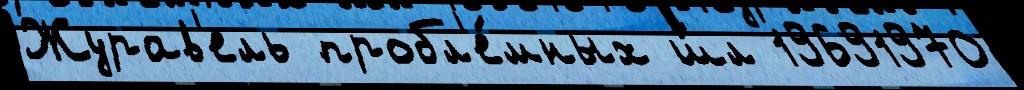
Журав'ель пробл'е́мных ш́л 19691970